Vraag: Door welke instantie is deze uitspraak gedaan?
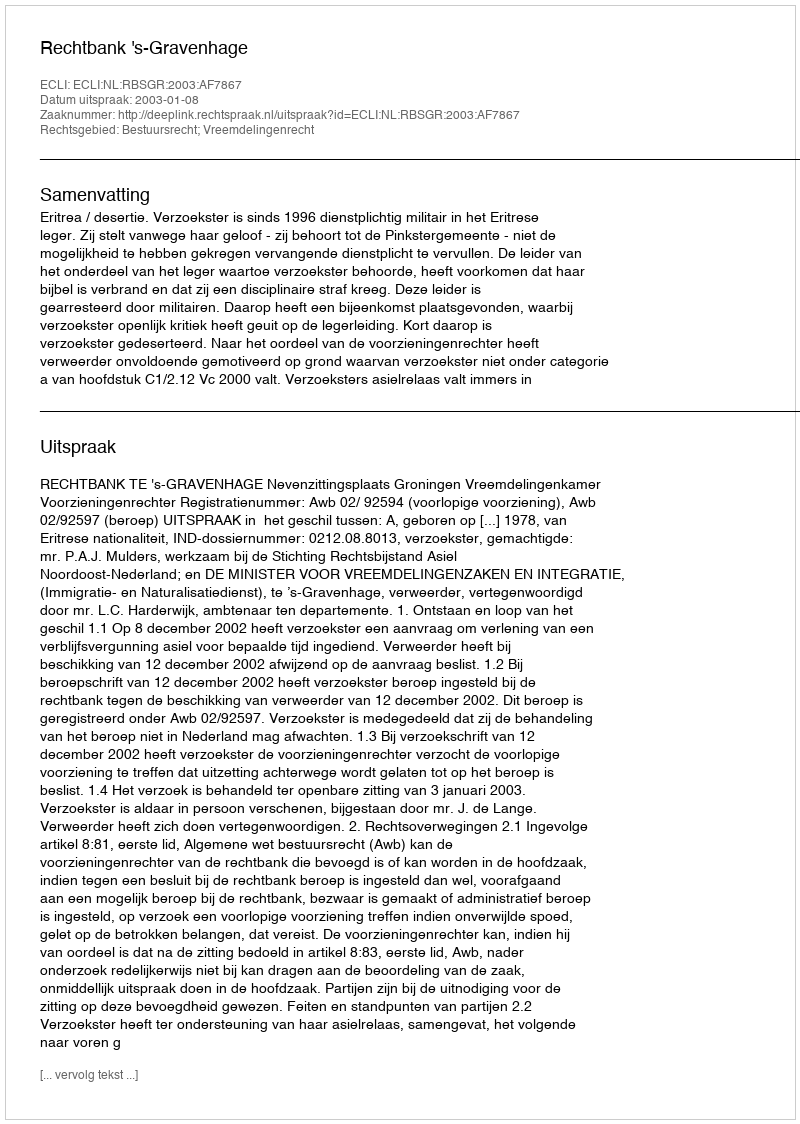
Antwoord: Rechtbank 's-Gravenhage